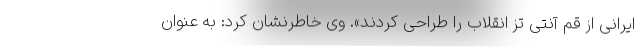
ایرانی از قم آنتی تز انقلاب را طراحی کردند». وی خاطرنشان کرد: به عنوان